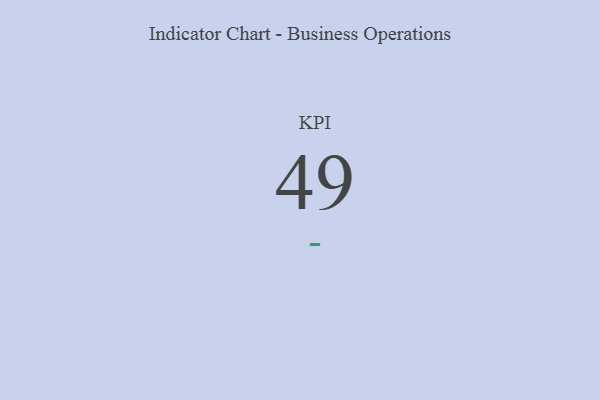
{"axis": {"x": "KPI", "y": "Value"}, "legend": [""], "data": [{"x": "KPI", "y": 49, "type": ""}]}